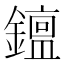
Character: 𨬧